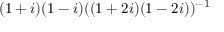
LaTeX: ( 1 + i ) ( 1 - i ) ( ( 1 + 2 i ) ( 1 - 2 i ) ) ^ { - 1 }